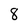
Character: 8